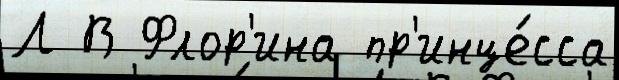
Л В Флор'ина пр'инце́сса